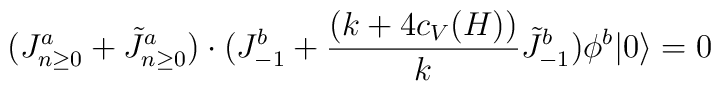
(J^a_{n\ge0}+\tilde J^a_{n\ge0})\cdot (J^b_{-1}+{(k+4c_V(H))\over k}\tilde J^b_{-1})\phi^b|0\rangle=0